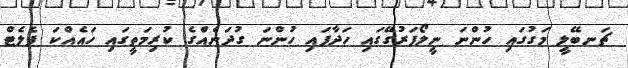
ޗަނބޭލީ މަގުގައި ހުންނަ ނީލޯފަރުގޭގައި ހަދާފައި ހުންނަ ގުދަނެއްގެ ކުރިމަތީގައި ހައެއްކަ ޕެލެޓް